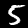
Digit: 5